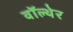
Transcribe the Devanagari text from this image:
वॉल्थेर